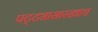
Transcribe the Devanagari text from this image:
पट्ट्यासारखाच